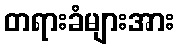
တရားခံများအား